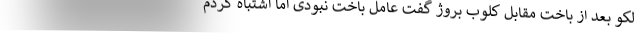
لکو بعد از باخت مقابل کلوب بروژ گفت عامل باخت نبودی اما اشتباه کردم